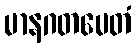
မာနဂတမေတံ